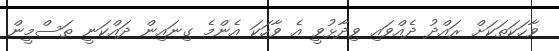
ވާހަކަތަކަށް ރައްދު ދެއްވައި ވިދާޅުވީ އެ ވާހަކަ އެންމެ ގިނައިން ދައްކަނީ ތަސްމީން